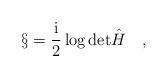
LaTeX: \begin{align*}\S=\frac{\mbox{i}}{2}\log\mbox{det}{\hat H}\quad,\end{align*}